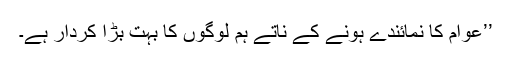
’’عوام کا نمائندے ہونے کے ناتے ہم لوگوں کا بہت بڑا کردار ہے۔